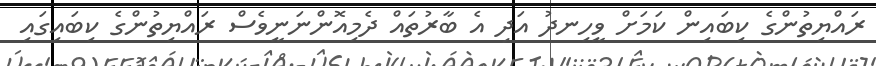
ރައްޔިތުންގެ ކިބައިން ކަމަށް ވީހިނދު އަދި އެ ބާރުތައް ދެމިއޮންނަނީވެސް ރައްޔިތުންގެ ކިބައިގައި